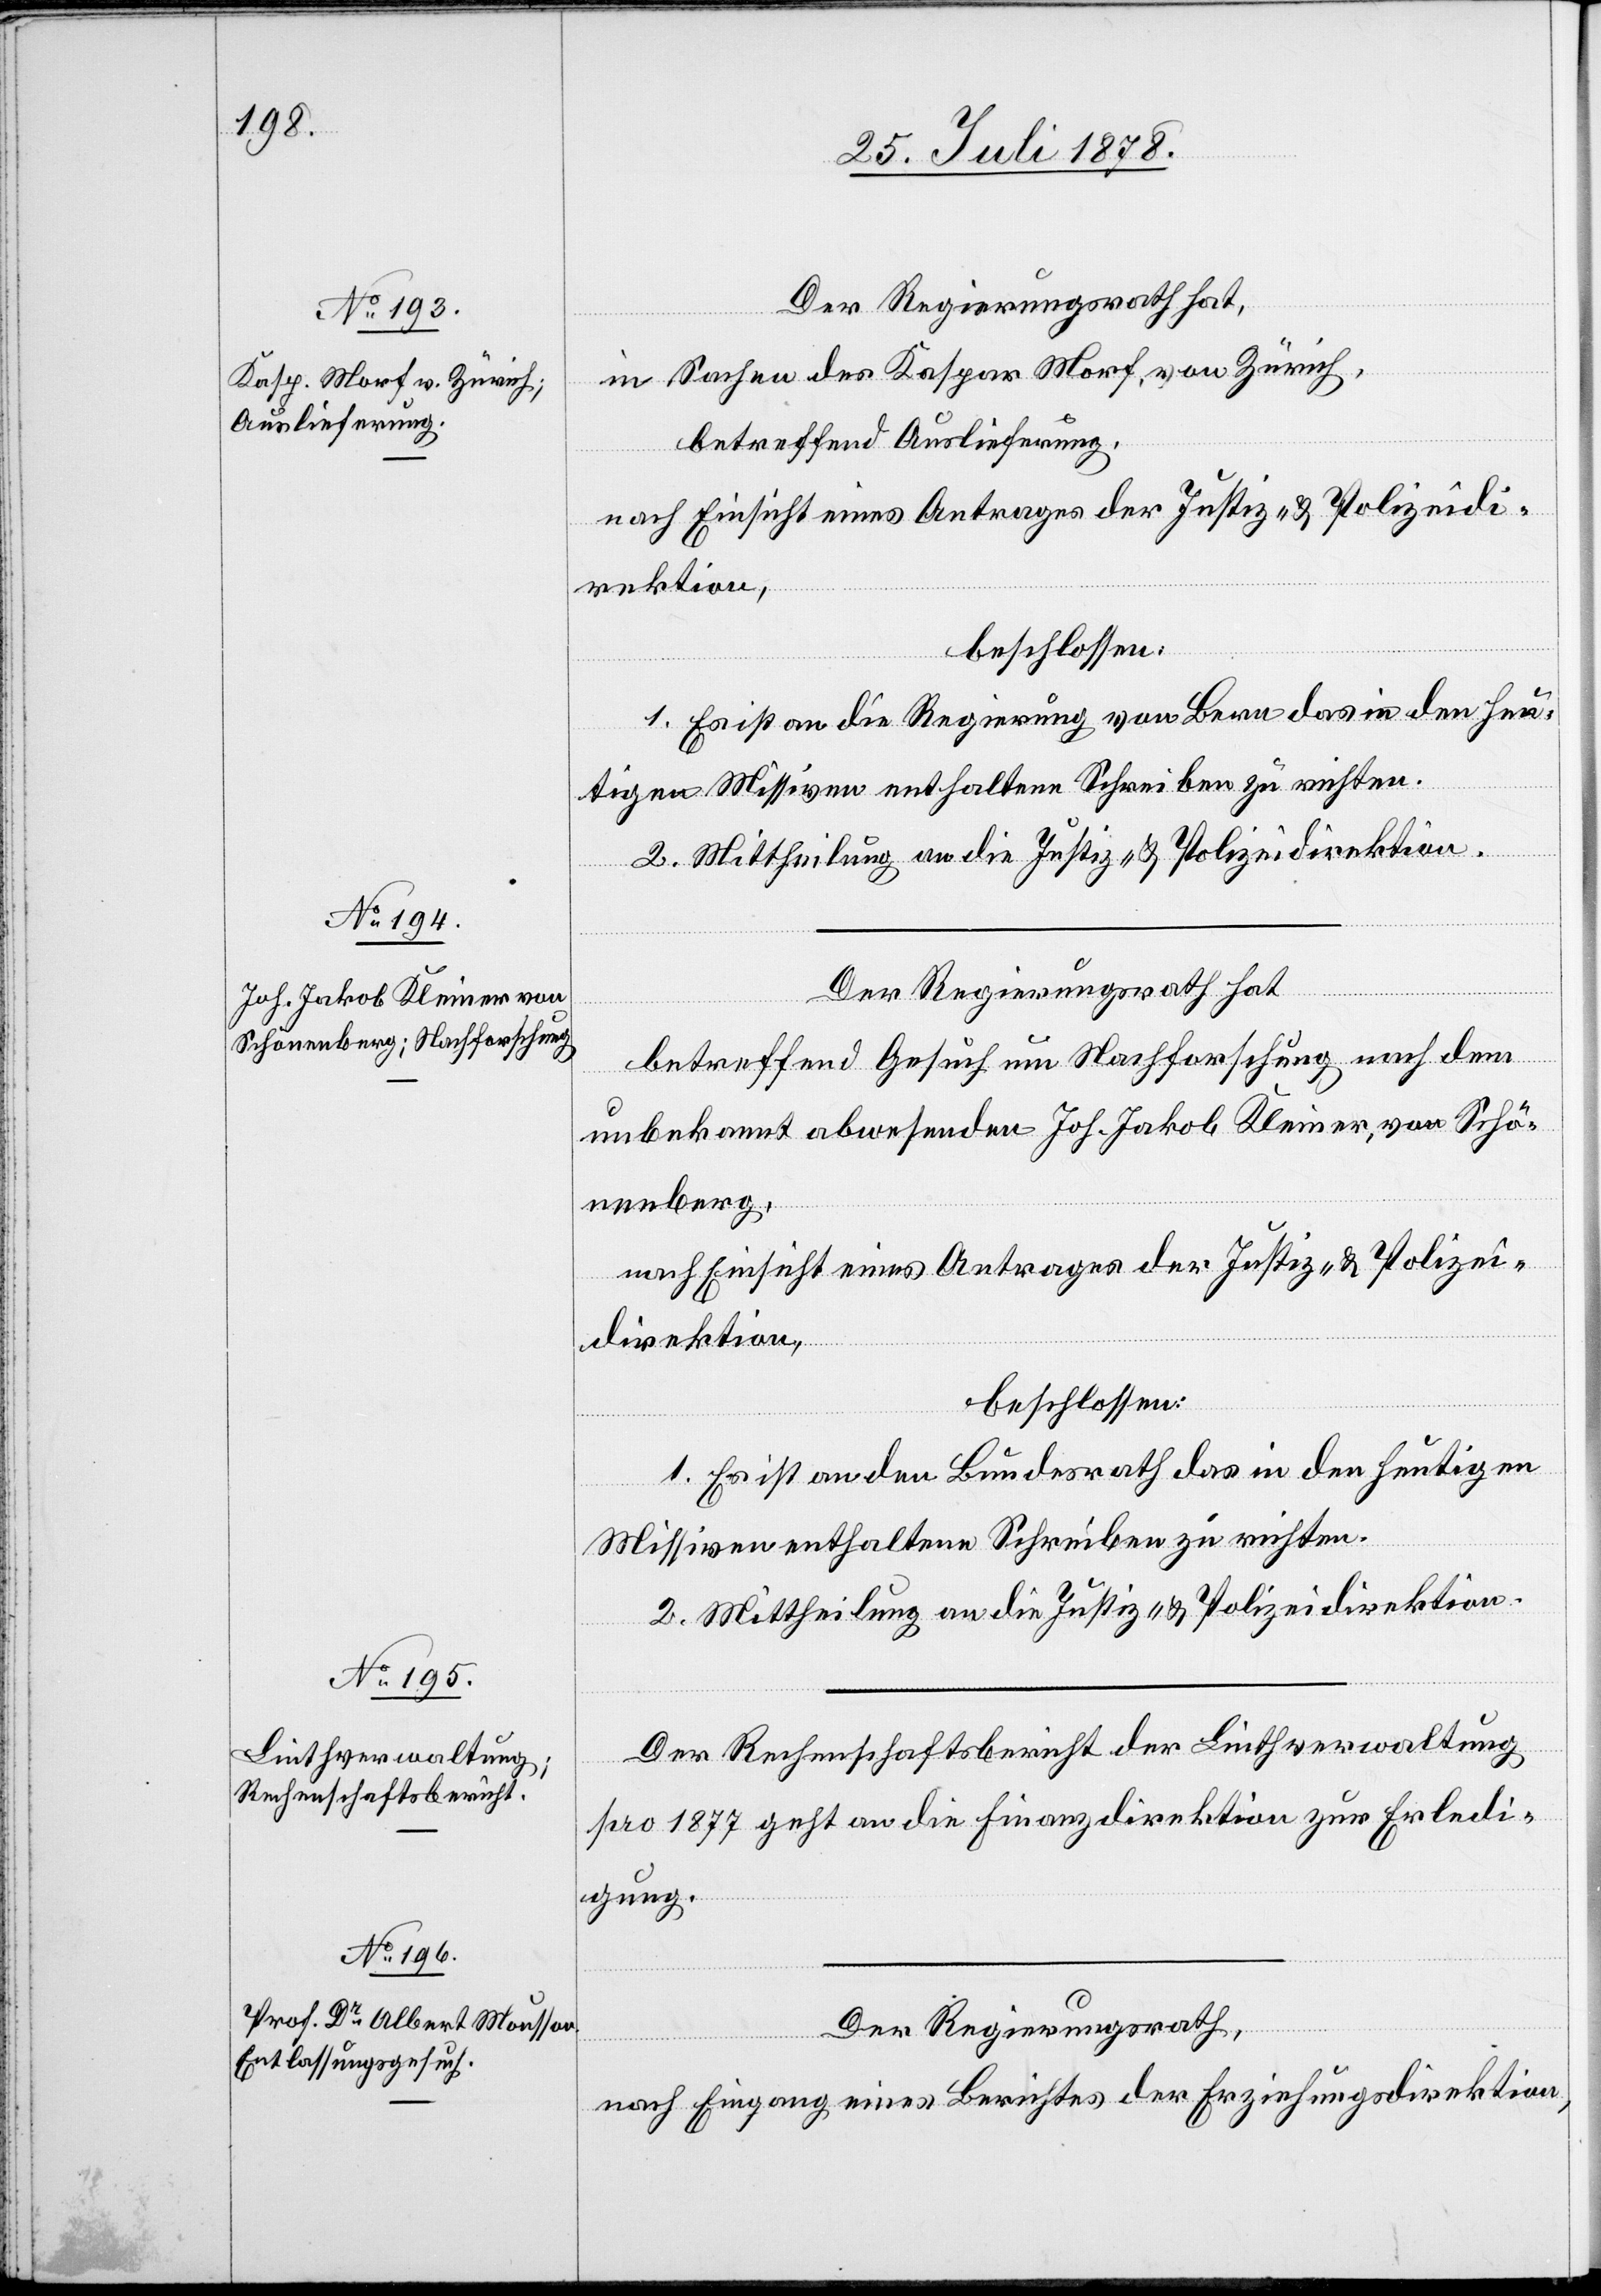
Der Regierungsrath hat,
in Sachen des Kaspar Morf, von Zürich,
betreffend Auslieferung,
nach Einsicht eines Antrages der Justiz- & Polizeidi¬
rektion,
beschlossen:
1. Es ist an die Regierung von Bern das in den heu¬
tigen Missiven enthaltene Schreiben zu richten.
2. Mittheilung an die Justiz- & Polizeidirektion.
Der Regierungsrath hat,
betreffend Gesuch um Nachforschung nach dem
unbekannt abwesenden Joh. Jakob Kleiner, von Schö¬
nenberg,
nach Einsicht eines Antrages der Justiz- & Polizei¬
direktion,
beschlossen:
1. Es ist an den Bundesrath das in den heutigen
Missiven enthaltene Schreiben zu richten.
2. Mittheilung an die Justiz- & Polizeidirektion.
Der Rechenschaftsbericht der Linthverwaltung
pro 1877 geht an die Finanzdirektion zur Erledi¬
gung.
Der Regierungsrath,
nach Eingang eines Berichtes der Erziehungsdirektion,